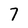
Character: 7